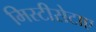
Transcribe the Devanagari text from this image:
मिस्टीसेटाए